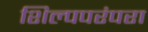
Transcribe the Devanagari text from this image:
शिल्पपरंपरा